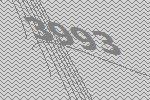
3993